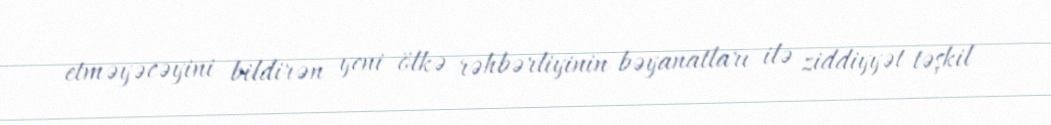
etməyəcəyini bildirən yeni ölkə rəhbərliyinin bəyanatları ilə ziddiyyət təşkil